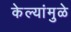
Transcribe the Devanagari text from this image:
केल्यांमुळे